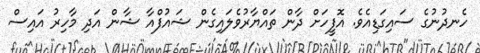
ހެނދުނުގެ ސައިގަޑިއެވެ. އޮފީހަށް ދާން ތައްޔާރުވެލައިގެން ޝައުފްއާ ޝާން އަދި މާހިރު އައިސް